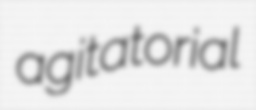
agitatorial